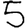
Digit: 5